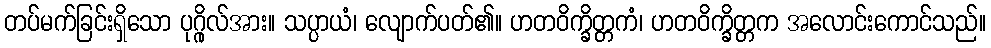
တပ်မက်ခြင်းရှိသော ပုဂ္ဂိုလ်အား။ သပ္ပာယံ၊ လျောက်ပတ်၏။ ဟတဝိက္ခိတ္တကံ၊ ဟတဝိက္ခိတ္တက အလောင်းကောင်သည်။